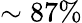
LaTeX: \sim 87\%